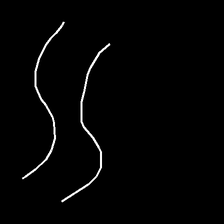
Glyph: float